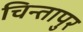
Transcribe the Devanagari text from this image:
चिन्तापुर